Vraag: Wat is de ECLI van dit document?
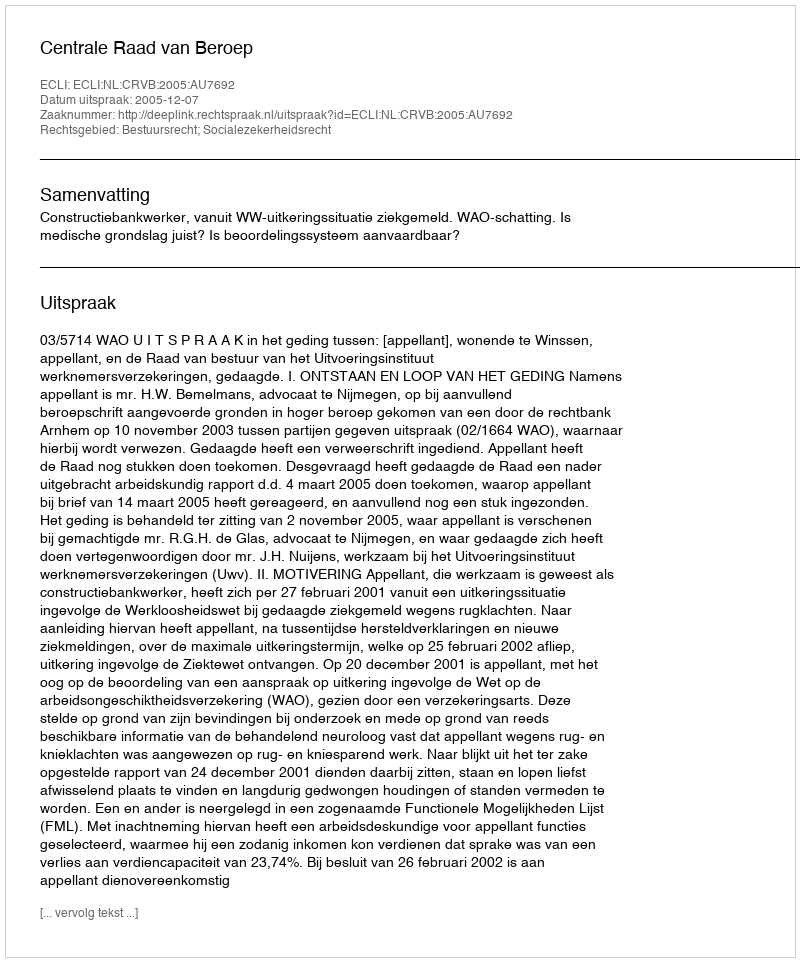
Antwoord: ECLI:NL:CRVB:2005:AU7692